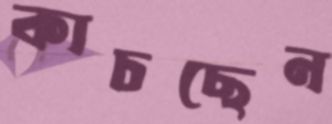
কাচছেন